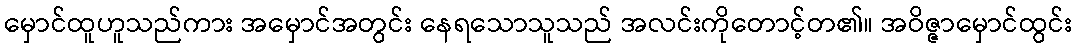
မှောင်ထူဟူသည်ကား အမှောင်အတွင်း နေရသောသူသည် အလင်းကိုတောင့်တ၏။ အဝိဇ္ဇာမှောင်ထွင်း